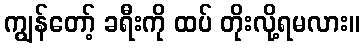
ကျွန်တော့် ခရီးကို ထပ် တိုးလို့ရမလား။